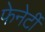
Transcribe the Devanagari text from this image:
फेनेर्टी